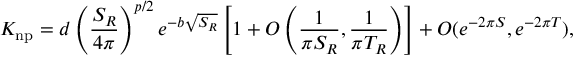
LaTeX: K _ { \mathrm { n p } } = d \left( \frac { S _ { R } } { 4 \pi } \right) ^ { p / 2 } e ^ { - b \sqrt { S _ { R } } } \left[ 1 + { \cal O } \left( \frac { 1 } { \pi S _ { R } } , \frac { 1 } { \pi T _ { R } } \right) \right] + { \cal O } ( e ^ { - 2 \pi S } , e ^ { - 2 \pi T } ) ,